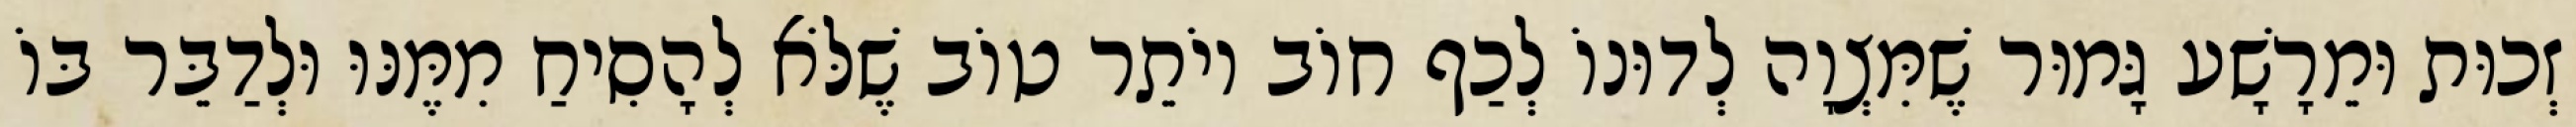
זְכוּת וּמֵרָשָׁע גָּמוּר שֶׁמִּצְוָה לְדוּנוֹ לְכַף חוֹב יוֹתֵר טוֹב שֶׁלֹּא לְהָסִיחַ מִמֶּנּוּ וּלְדַבֵּר בּוֹ